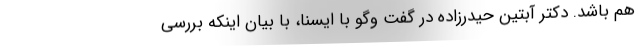
هم باشد. دکتر آبتین حیدرزاده در گفت وگو با ایسنا، با بیان اینکه بررسی